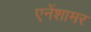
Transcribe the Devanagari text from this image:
एनेंशामर